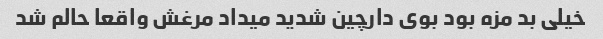
خیلی بد مزه بود بوی دارچین شدید میداد مرغش واقعا حالم شد